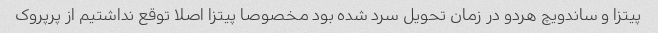
پیتزا و ساندویچ هردو در زمان تحویل سرد شده بود مخصوصا پیتزا اصلا توقع نداشتیم از پرپروک